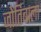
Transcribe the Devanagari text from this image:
जोतिबाला